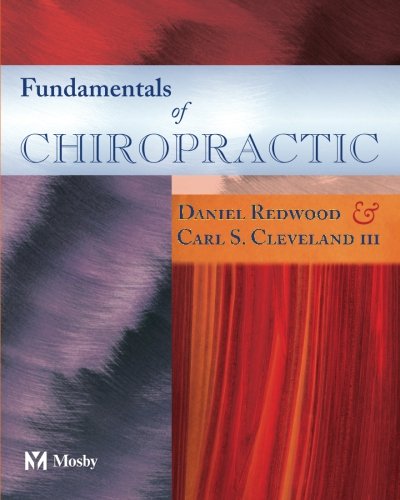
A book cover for Fundamentals of Chiropractic; Daniel Redwood; Medical Books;